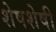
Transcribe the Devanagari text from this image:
शेषशेषी